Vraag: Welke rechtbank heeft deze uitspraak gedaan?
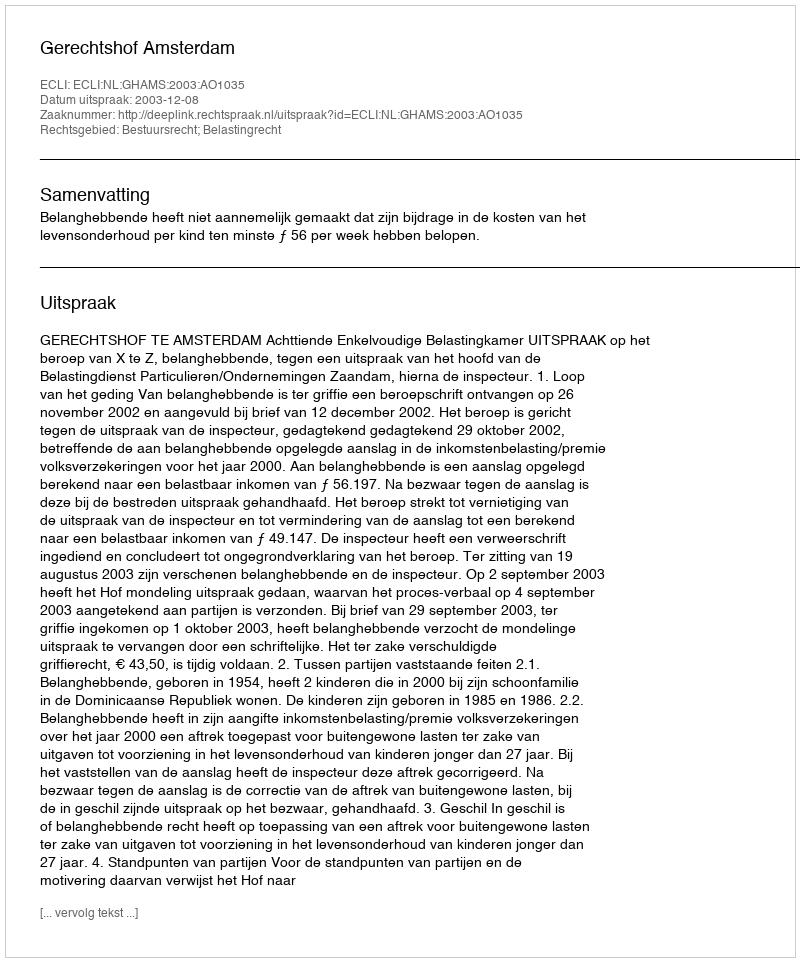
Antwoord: Gerechtshof Amsterdam